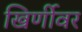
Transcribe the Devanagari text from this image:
खिर्णीवर